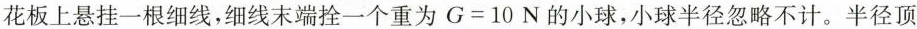
花板上悬挂一根细线，细线末端拴一个重为$$G = 1 0$$N的小球，小球半径忽略不计。半径顶